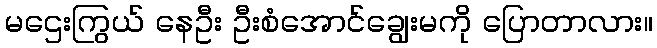
မဌေးကြွယ် နေဦး ဦးစံအောင်ချွေးမကို ပြောတာလား။